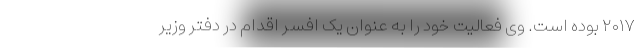
۲۰۱۷ بوده است. وی فعالیت خود را به عنوان یک افسر اقدام در دفتر وزیر